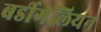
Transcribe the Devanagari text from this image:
बर्डीगेलियन